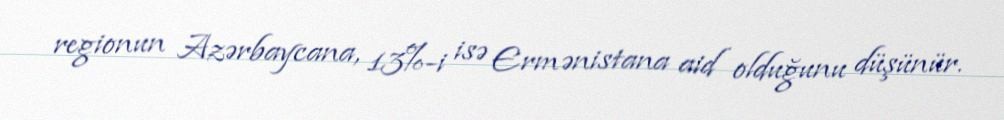
regionun Azərbaycana, 13%-i isə Ermənistana aid olduğunu düşünür.